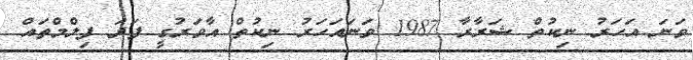
ވަނަ އަހަރު ނިކުތް ޝަރާރާ 1987 ވަނައަހަރު ނިކުތް އާވަރުގީ ފަދަ ފިލްމްތައް